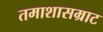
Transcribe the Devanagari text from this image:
तमाशासम्राट